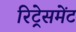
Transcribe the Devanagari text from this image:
रिट्रेसमेंट